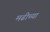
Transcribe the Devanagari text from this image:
मढीच्या